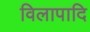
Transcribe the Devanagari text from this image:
विलापादि